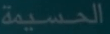
الحسيمة